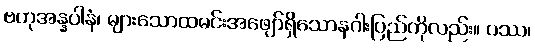
ဗဟုအန္နပါနံ၊ များသောထမင်းအဖျော်ရှိသောနဂါးပြည်ကိုလည်း။ ပဿ၊